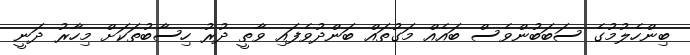
ބިންހެލުމުގެ ސަބަބުންވެސް ބައެއް މަގުތައް ބަންދުވެފައި ވާތީ ދުރު ހިސާބުތަކަށް މިހާރު ދަނީ